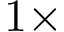
1 \times